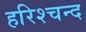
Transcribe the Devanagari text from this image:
हरिश्चन्द